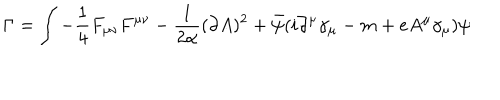
\Gamma = \int - \frac 1 4 F _ { \mu \nu } F ^ { \mu \nu } - \frac 1 { 2 \alpha } ( \partial A ) ^ { 2 } + \bar { \psi } ( i \partial ^ { \mu } \gamma _ { \mu } - m + e A ^ { \mu } \gamma _ { \mu } ) \psi